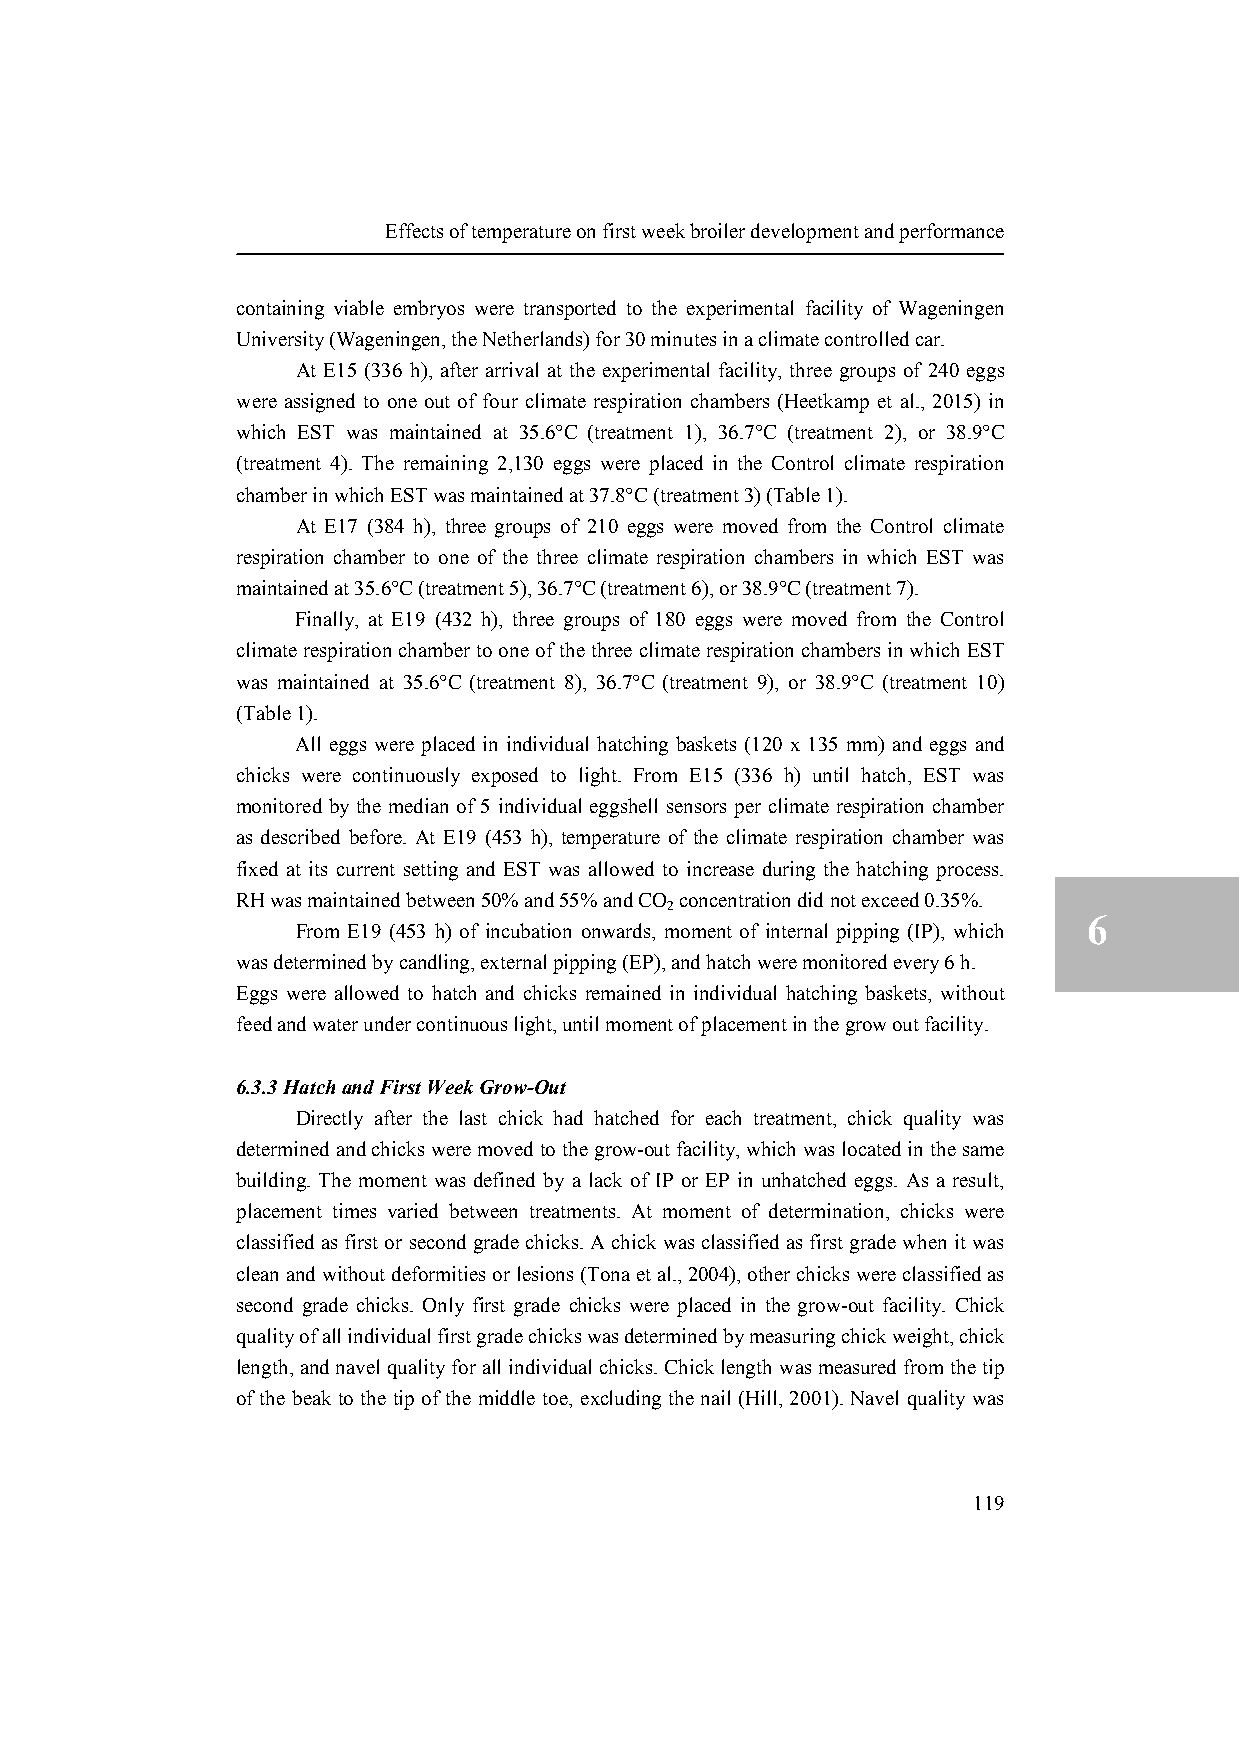
Effects of temperature on first week broiler development and performance
 containing viable embryos were transported to the experimental facility of Wageningen
 University (Wageningen, the Netherlands) for 30 minutes in a climate controlled car.
 At E15 (336 h), after arrival at the experimental facility, three groups of 240 eggs
 were assigned to one out of four climate respiration chambers (Heetkamp et al., 2015) in
 which EST was maintained at 35.6°C (treatment 1), 36.7°C (treatment 2), or 38.9°C
 (treatment 4). The remaining 2,130 eggs were placed in the Control climate respiration
 chamber in which EST was maintained at 37.8°C (treatment 3) (Table 1).
 At E17 (384 h), three groups of 210 eggs were moved from the Control climate
 respiration chamber to one of the three climate respiration chambers in which EST was
 maintained at 35.6°C (treatment 5), 36.7°C (treatment 6), or 38.9°C (treatment 7).
 Finally, at E19 (432 h), three groups of 180 eggs were moved from the Control
 climate respiration chamber to one of the three climate respiration chambers in which EST
 was maintained at 35.6°C (treatment 8), 36.7°C (treatment 9), or 38.9°C (treatment 10)
 (Table 1).
 All eggs were placed in individual hatching baskets (120 x 135 mm) and eggs and
 chicks were continuously exposed to light. From E15 (336 h) until hatch, EST was
 monitored by the median of 5 individual eggshell sensors per climate respiration chamber
 as described before. At E19 (453 h), temperature of the climate respiration chamber was
 fixed at its current setting and EST was allowed to increase during the hatching process.
 RH was maintained between 50% and 55% and CO concentration did not exceed 0.35%.
 2
 6
 From E19 (453 h) of incubation onwards, moment of internal pipping (IP), which
 was determined by candling, external pipping (EP), and hatch were monitored every 6 h.
 Eggs were allowed to hatch and chicks remained in individual hatching baskets, without
 feed and water under continuous light, until moment of placement in the grow out facility.
 6.3.3 Hatch and First Week Grow-Out
 Directly after the last chick had hatched for each treatment, chick quality was
 determined and chicks were moved to the grow-out facility, which was located in the same
 building. The moment was defined by a lack of IP or EP in unhatched eggs. As a result,
 placement times varied between treatments. At moment of determination, chicks were
 classified as first or second grade chicks. A chick was classified as first grade when it was
 clean and without deformities or lesions (Tona et al., 2004), other chicks were classified as
 second grade chicks. Only first grade chicks were placed in the grow-out facility. Chick
 quality of all individual first grade chicks was determined by measuring chick weight, chick
 length, and navel quality for all individual chicks. Chick length was measured from the tip
 of the beak to the tip of the middle toe, excluding the nail (Hill, 2001). Navel quality was
 119